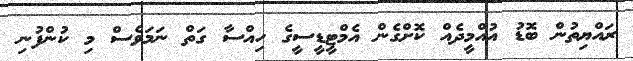
ރައްޔިތުން ބޮޑު އުއްމީދެއް ކޮށްގެން އެމްޓީޑީސީގެ ހިއްސާ ގަތް ނަމަވެސް މި ކުންފުނި